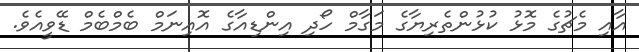
އާއި މެޗުގެ މޮޅު ކުޅުންތެރިޔާގެ މަގާމް ހޯދި އިންޑިއާގެ އޮއިނަމް ބެމްބެމް ޑޭވީއެވެ.